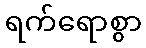
ရက်ရောစွာ